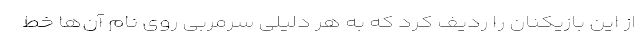
از این بازیکنان را ردیف کرد که به هر دلیلی سرمربی روی نام آن‌ها خط